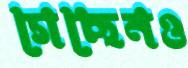
গেছেনও